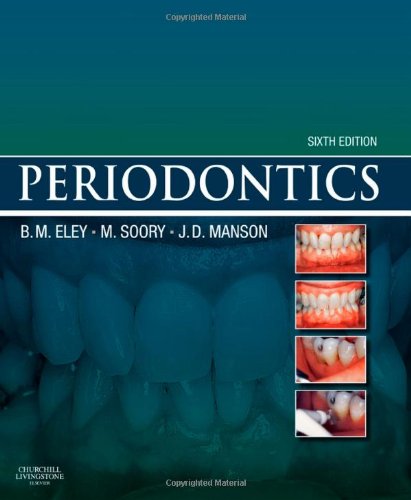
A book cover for Periodontics, 6e; Barry M. Eley BDS  FDSRCS  PhD; Medical Books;